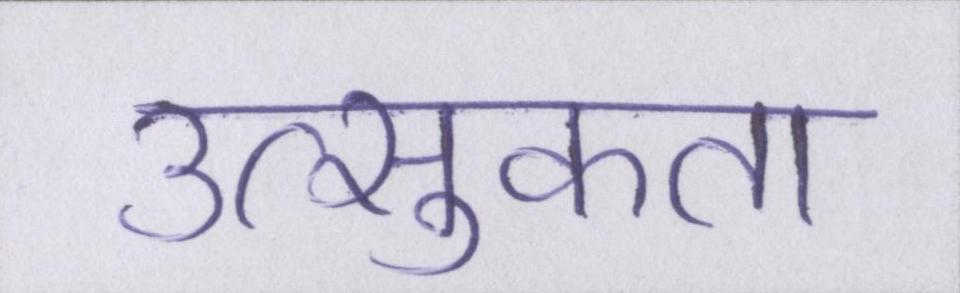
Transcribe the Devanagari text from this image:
उत्सुकता